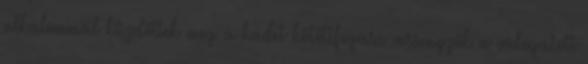
alkalommal küzdöttek meg a kadet kötöttfogású versenyzők a válogatott